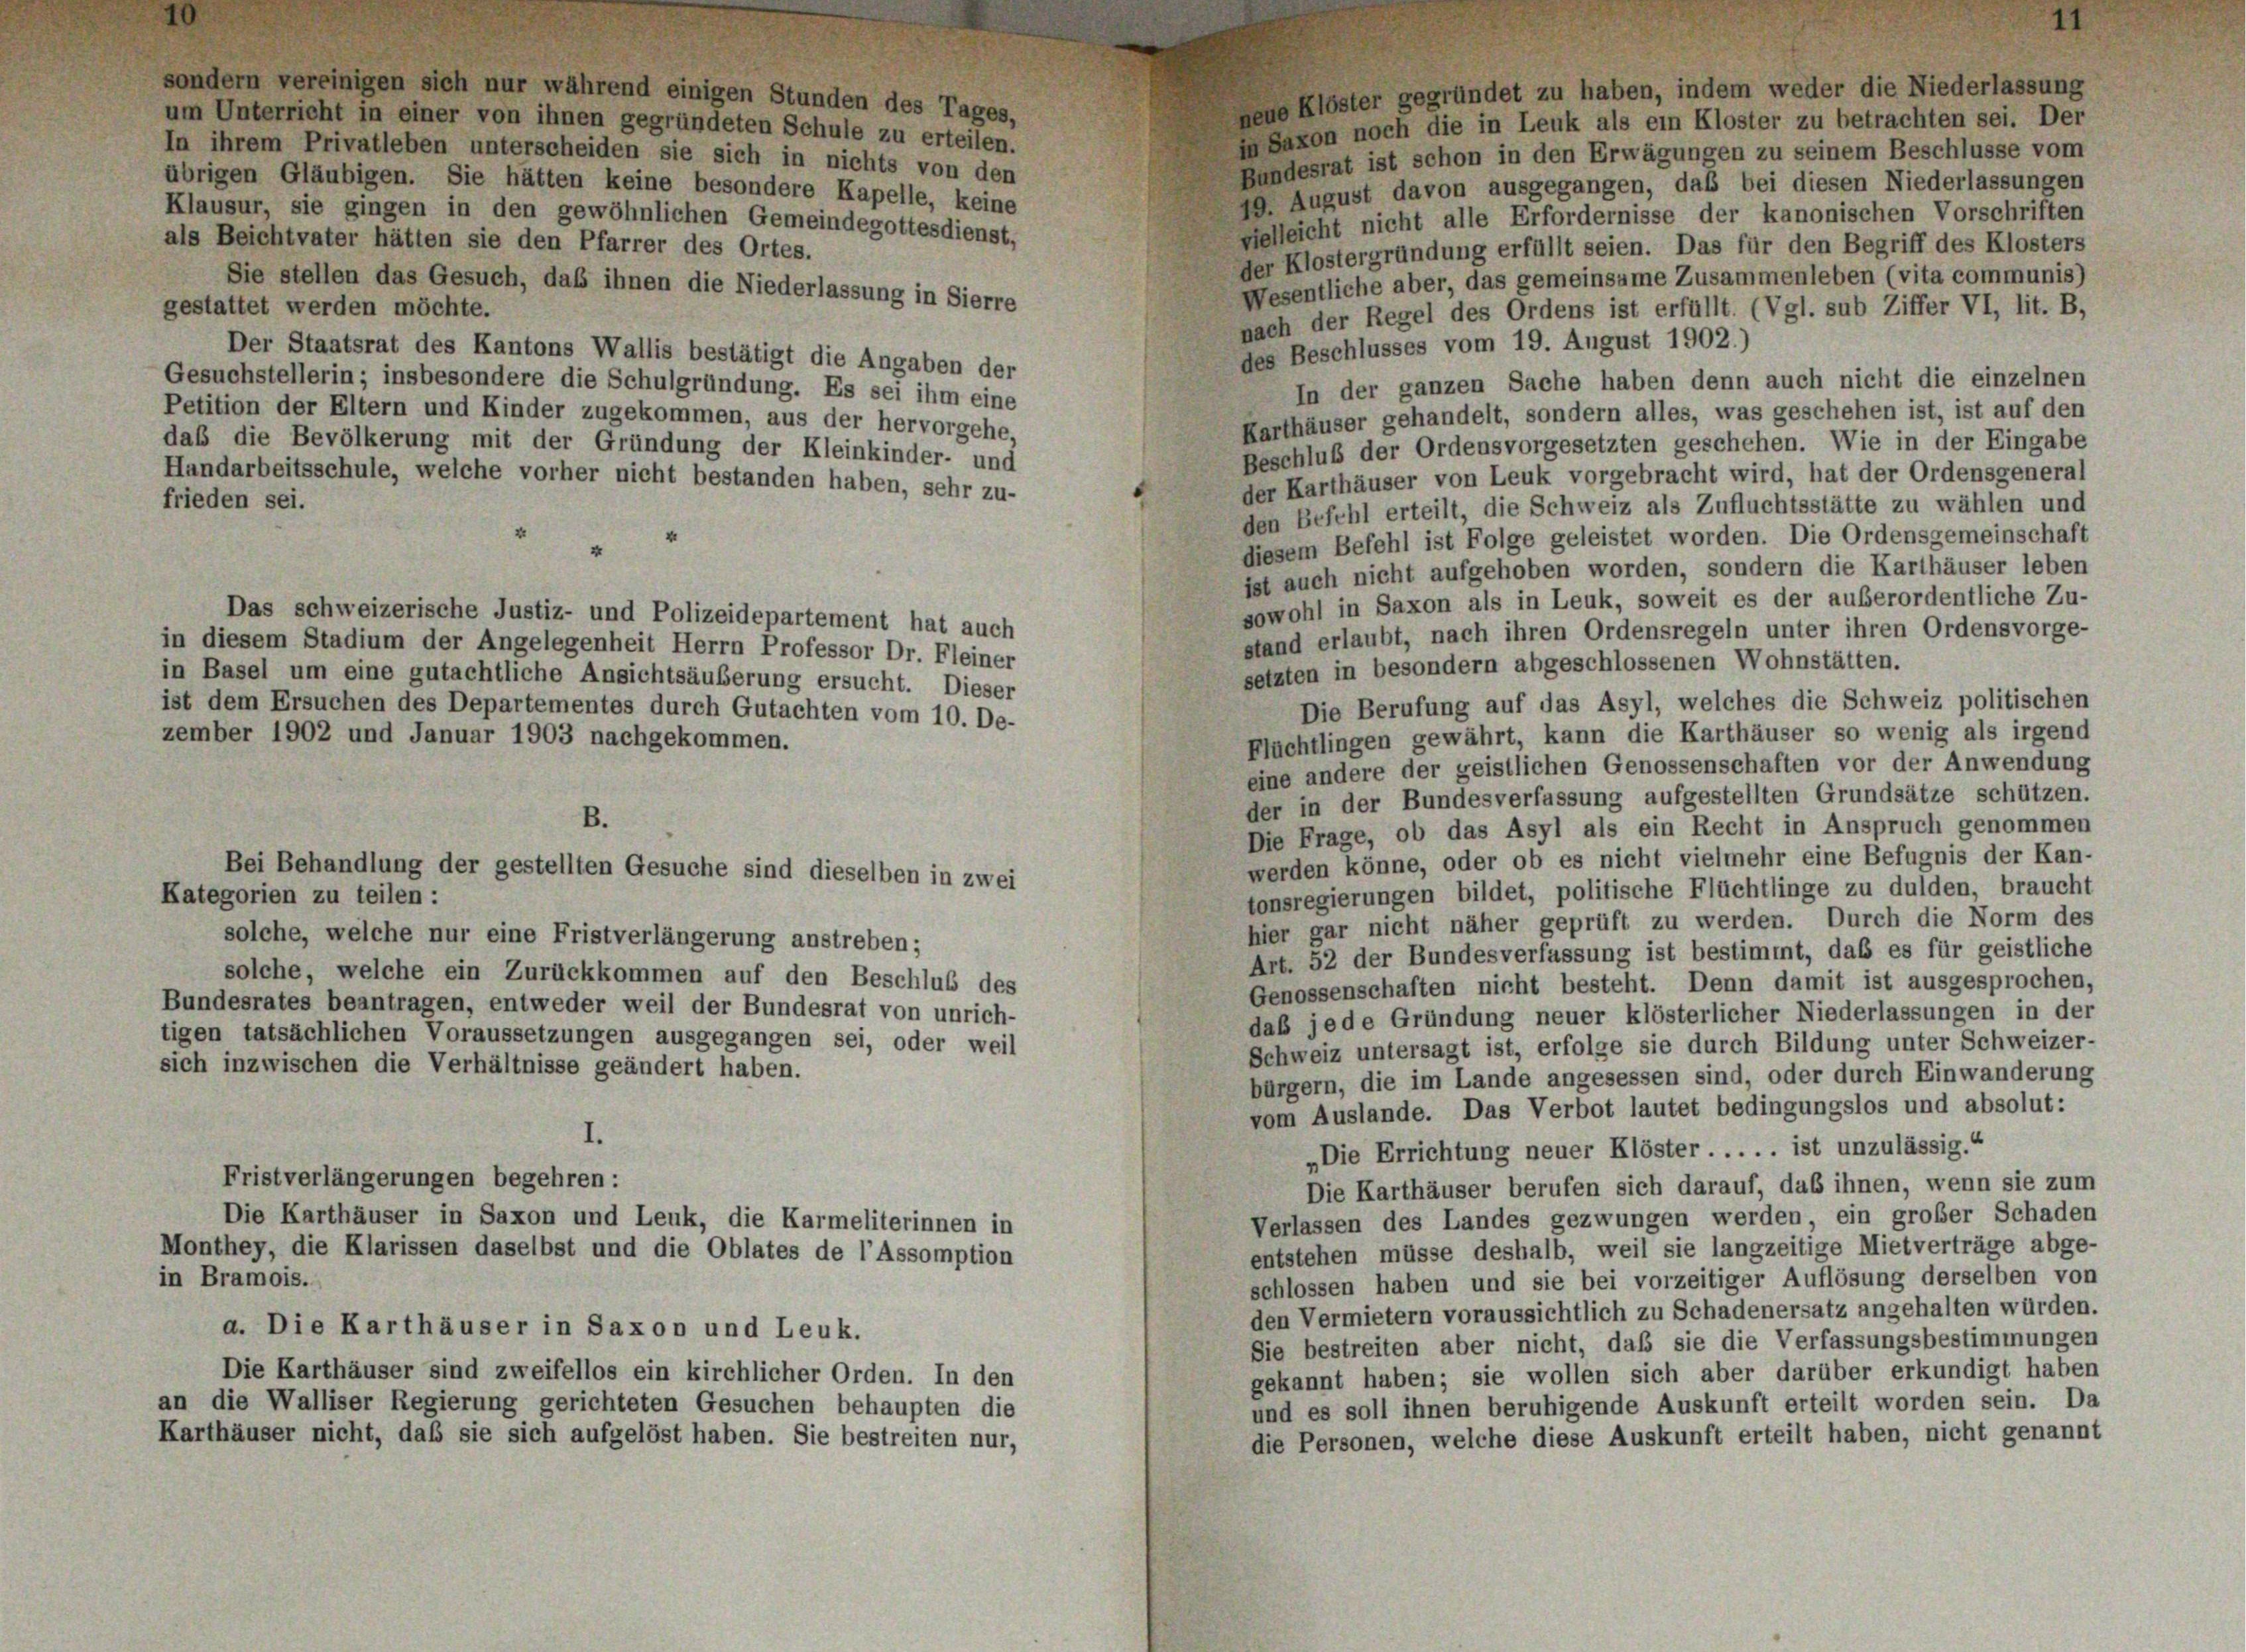
sondern vereinigen sich nur während einigen Stunden des Tages,
neue Klöster gegründet zu haben, indem weder die Niederlassung
um Unterricht in einer von ihnen gegründeten Schule zu erteilen.
in Saxon noch die in Leuk als ein Kloster zu betrachten sei. Der
In ihrem Privatleben unterscheiden sie sich in nichts von den
Bundesrat ist schon in den Erwägungen zu seinem Beschlüsse vom
übrigen Gläubigen. Sie hätten keine besondere Kapelle, keine
99. August davon ausgegangen, daß bei diesen Niederlassungen
Klausur, sie gingen in den gewöhnlichen Gemeindegottesdienst,
vielleicht nicht alle Erfordernisse der kanonischen Vorschriften
als Beichtvater hätten sie den Pfarrer des Ortes.
der Klostergründung erfüllt seien. Das für den Begriff des Klosters
Wesentliche aber, das gemeinsame Zusammenleben (vita communis)
Sie stellen das Gesuch, daß ihnen die Niederlassung in Sierre
gestattet werden möchte.
nach der Regel des Ordens ist erfüllt. (Vgl. sub Ziffer VI, lit. B,
des Beschlusses vom 19. August 1902.)
Der Staatsrat des Kantons Wallis bestätigt die Angaben der
Gesuchstellerin; insbesondere die Schulgründung. Es sei ihm eine
In der ganzen Sache haben denn auch nicht die einzelnen
Petition der Eltern und Kinder zugekommen, aus der hervorgehe,
Karthäuser gehandelt, sondern alles, was geschehen ist, ist auf den
daß die Bevölkerung mit der Gründung der Kleinkinder- und
Beschluß der Ordensvorgesetzten geschehen. Wie in der Eingabe
Handarbeitsschule, welche vorher nicht bestanden haben, sehr zu-
der Karthäuser von Leuk vorgebracht wird, hat der Ordensgeneral
frieden sei.
den Befehl erteilt, die Schweiz als Zufluchtsstätte zu wählen und
diesem Befehl ist Folge geleistet worden. Die Ordensgemeinschaft
ist auch nicht aufgehoben worden, sondern die Karthäuser leben
sowohl in Saxon als in Leuk, soweit es der außerordentliche Zu-
Das schweizerische Justiz- und Polizeidepartement hat auch
stand erlaubt, nach ihren Ordensregeln unter ihren Ordensvorge-
in diesem Stadium der Angelegenheit Herrn Professor Dr. Fleiner
setzten in besondern abgeschlossenen Wohnstätten.
in Basel um eine gutachtliche Ansichtsäußerung ersucht. Dieser
Die Berufung auf das Asyl, welches die Schweiz politischen
ist dem Ersuchen des Departementes durch Gutachten vom 10. De-
Fluchtlingen gewährt, kann die Karthäuser so wenig als irgend
zember 1902 und Januar 1903 nachgekommen.
eine andere der geistlichen Genossenschaften vor der Anwendung
der in der Bundesverfassung aufgestellten Grundsätze schützen.
B.
Die Frage, ob das Asyl als ein Recht in Anspruch genommen
werden könne, oder ob es nicht vielmehr eine Befugnis der Kan-
Bei Behandlung der gestellten Gesuche sind dieselben in zwei
tonsregierungen bildet, politische Flüchtlinge zu dulden, braucht
Kategorien zu teilen :
hier gar nicht näher geprüft zu werden. Durch die Norm des
solche, welche nur eine Fristverlängerung anstreben;
Art. 52 der Bundesverfassung ist bestimmt, daß es für geistliche
solche, welche ein Zurückkommen auf den Beschluß des
Genossenschaften nicht besteht. Denn damit ist ausgesprochen,
Bundesrates beantragen, entweder weil der Bundesrat von unrich-
daß jede Gründung neuer klösterlicher Niederlassungen in der
tigen tatsächlichen Voraussetzungen ausgegangen sei, oder weil
Schweiz untersagt ist, erfolge sie durch Bildung unter Schweizer-
sich inzwischen die Verhältnisse geändert haben.
bürgern, die im Lande angesessen sind, oder durch Einwanderung
vom Auslande. Das Verbot lautet bedingungslos und absolut:
„Die Errichtung neuer Klöster . . . . . ist unzulässig.“
Fristverlängerungen begehren:
Die Karthäuser berufen sich darauf, daß ihnen, wenn sie zum
Die Karthäuser in Saxon und Leuk, die Karmeliterinnen in
Verlassen des Landes gezwungen werden, ein großer Schaden
entstehen müsse deshalb, weil sie langzeitige Mietverträge abge-
Monthey, die Klarissen daselbst und die Oblates de l’Assomption
in Bramois.
schlossen haben und sie bei vorzeitiger Auflösung derselben von
den Vermietern voraussichtlich zu Schadenersatz angehalten würden.
a. Die Karthäuser in Saxon und Leuk.
Sie bestreiten aber nicht, daß sie die Verfassungsbestimmungen
Die Karthäuser sind zweifellos ein kirchlicher Orden. In den
gekannt haben; sie wollen sich aber darüber erkundigt haben
an die Walliser Regierung gerichteten Gesuchen behaupten die
und es soll ihnen beruhigende Auskunft erteilt worden sein. Da
Karthäuser nicht, daß sie sich aufgelöst haben. Sie bestreiten nur,
die Personen, welche diese Auskunft erteilt haben, nicht genannt